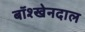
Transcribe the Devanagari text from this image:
बॉश्खेनदाल